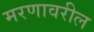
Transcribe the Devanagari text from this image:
मरणावरील